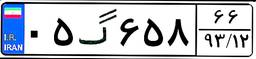
۰۵گ۶۵۸۶۶